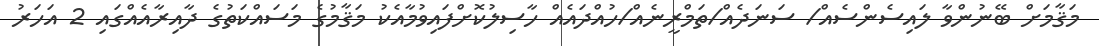
މަޤާމަށް ބޭނުންވާ ލައިސެންސެއް/ ސަނަދެއް/ތަމްރީނެއް/ހުއްދައެއް ހާސިލުކޮށްފައިވުމާއެކު މަޤާމުގެ މަސައްކަތުގެ ދާއިރާއެއްގައި 2 އަހަރު